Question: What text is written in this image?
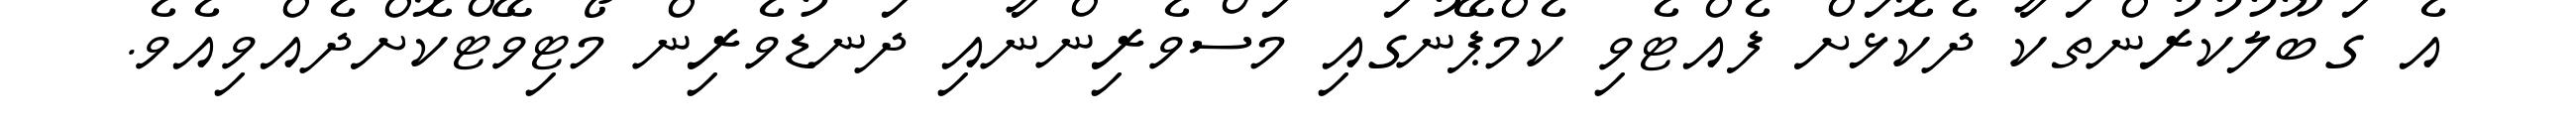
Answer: އެ ގަބޫލުކުރުންތަކާ ދެކޮޅަށް ފެއްޓެވި ކެމްޕޭނުގައި މަސްވެރިންނާއި ދަނޑުވެރިން މޯޓިވޭޓްކޮށްދެއްވިއެވެ.